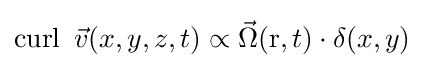
\operatorname {curl} \ {\vec {v}}(x,y,z,t)\propto {\vec {\Omega }}(\mathrm {r} ,t)\cdot \delta (x,y)